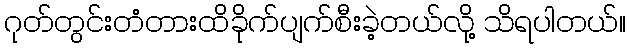
ဂုတ်တွင်းတံတားထိခိုက်ပျက်စီးခဲ့တယ်လို့ သိရပါတယ်။